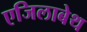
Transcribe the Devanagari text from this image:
एजिलाबेथ